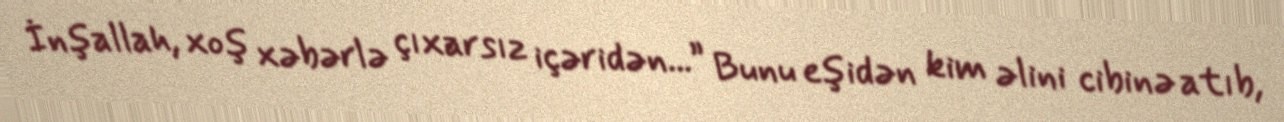
İnşallah, xoş xəbərlə çıxarsız içəridən...” Bunu eşidən kim əlini cibinə atıb,